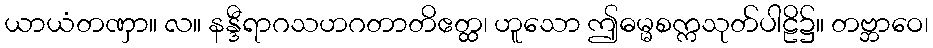
ယာယံတဏှာ။ လ။ နန္ဒီရာဂသဟဂတာတိဧတ္ထ၊ ဟူသော ဤဓမ္မစက္ကသုတ်ပါဠိ၌။ တဗ္ဘာဝေ၊